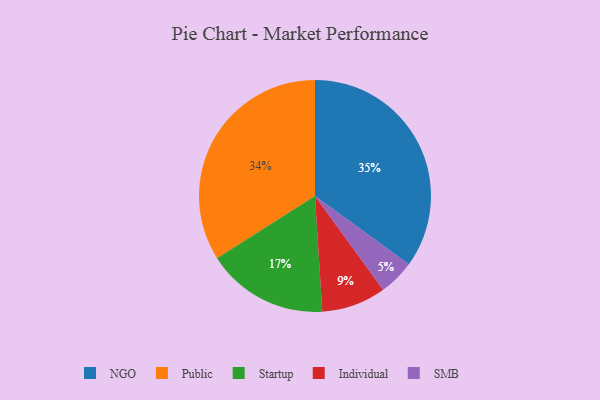
{"axis": {"x": "Category", "y": "Percentage"}, "legend": ["Individual", "NGO", "Public", "SMB", "Startup"], "data": [{"x": "SMB", "y": 5, "type": "SMB"}, {"x": "Public", "y": 34, "type": "Public"}, {"x": "Individual", "y": 9, "type": "Individual"}, {"x": "NGO", "y": 35, "type": "NGO"}, {"x": "Startup", "y": 17, "type": "Startup"}]}